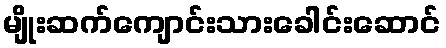
မျိုးဆက်ကျောင်းသားခေါင်းဆောင်